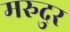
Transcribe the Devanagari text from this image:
मरुदुर